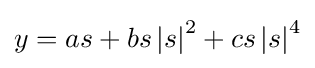
y=as+bs\left\vert {s}\right\vert ^{2}+cs\left\vert {s}\right\vert ^{4}